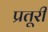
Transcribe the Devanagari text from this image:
प्रतूरी